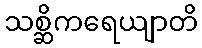
သစ္ဆိကရေယျာတိ